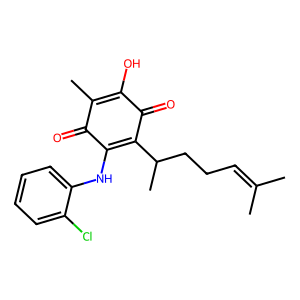
SMILES: CC(C)=CCCC(C)C1=C(Nc2ccccc2Cl)C(=O)C(C)=C(O)C1=O
Inhibits HIV replication: No